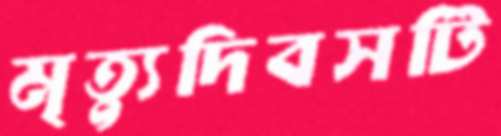
মৃত্যুদিবসটি